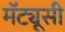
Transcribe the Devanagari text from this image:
मॅट्यूसी